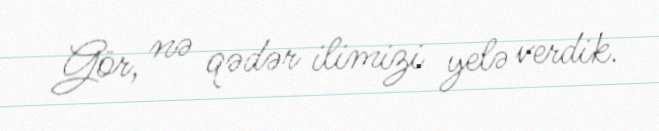
Gör, nə qədər ilimizi yelə verdik.